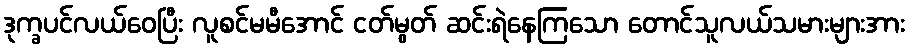
ဒုက္ခပင်လယ်ဝေပြီး လူစင်မမီအောင် ငတ်မွတ် ဆင်းရဲနေကြသော တောင်သူလယ်သမားများအား